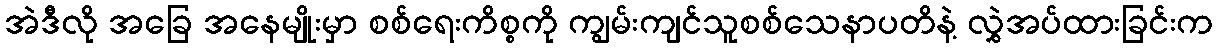
အဲဒီလို အခြေ အနေမျိုးမှာ စစ်ရေးကိစ္စကို ကျွမ်းကျင်သူစစ်သေနာပတိနဲ့ လွှဲအပ်ထားခြင်းက